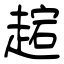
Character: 趤